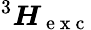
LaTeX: {}^{3}\boldsymbol{H}_{\mathrm{~e~x~c~}}